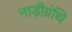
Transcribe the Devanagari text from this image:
नाड़ीग्रंथि